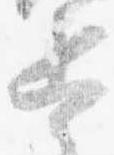
兵